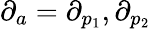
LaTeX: \partial_{a}=\partial_{p_{1}},\partial_{p_{2}}